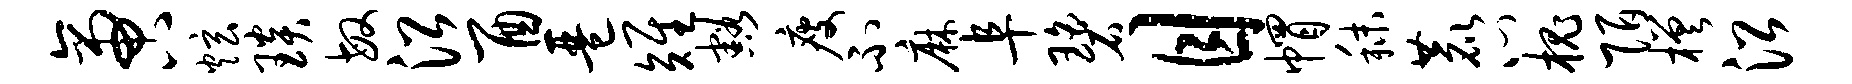
啻炫琰敏沿酉琶雉豁瘦不麻阜碧目帽秣鹿心槐陌槎沿